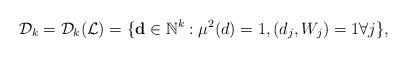
LaTeX: \begin{align*}\mathcal{D}_k=\mathcal{D}_k(\mathcal{L})=\{\mathbf{d}\in\mathbb{N}^k:\mu^2(d)=1, (d_j,W_j)=1\forall j\},\end{align*}